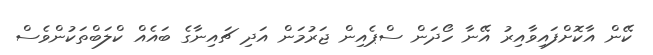
ކޭން އާކޮށްފައިވާއިރު އޭނާ ހޯދަން ސްޕެއިން ޖަރުމަން އަދި ޗައިނާގެ ބައެއް ކްލަބްތަކުންވެސް